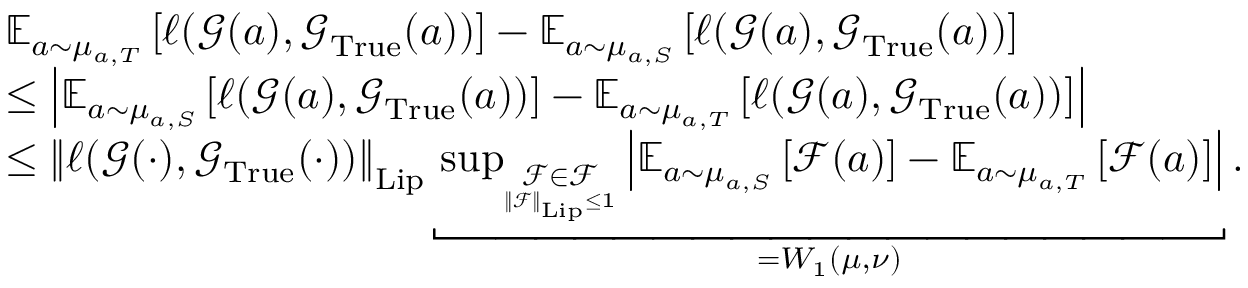
\begin{array} { r l } & { \boldsymbol { \mathbb { E } } _ { a \sim \mu _ { a , T } } \left[ \ell ( \boldsymbol { \mathcal { G } } ( a ) , \boldsymbol { \mathcal { G } } _ { \mathrm { T r u e } } ( a ) ) \right] - \boldsymbol { \mathbb { E } } _ { a \sim \mu _ { a , S } } \left[ \ell ( \boldsymbol { \mathcal { G } } ( a ) , \boldsymbol { \mathcal { G } } _ { \mathrm { T r u e } } ( a ) ) \right] } \\ & { \leq \left| \boldsymbol { \mathbb { E } } _ { a \sim \mu _ { a , S } } \left[ \ell ( \boldsymbol { \mathcal { G } } ( a ) , \boldsymbol { \mathcal { G } } _ { \mathrm { T r u e } } ( a ) ) \right] - \boldsymbol { \mathbb { E } } _ { a \sim \mu _ { a , T } } \left[ \ell ( \boldsymbol { \mathcal { G } } ( a ) , \boldsymbol { \mathcal { G } } _ { \mathrm { T r u e } } ( a ) ) \right] \right| } \\ & { \leq \left\| \ell ( \boldsymbol { \mathcal { G } } ( \cdot ) , \boldsymbol { \mathcal { G } } _ { \mathrm { T r u e } } ( \cdot ) ) \right\| _ { \mathrm { L i p } } \underbracket { \operatorname* { s u p } _ { \underset { \left\| \boldsymbol { \mathcal { F } } \right\| _ { \mathrm { L i p } } \leq 1 } { \boldsymbol { \mathcal { F } } \in \mathscr { F } } } \left| \boldsymbol { \mathbb { E } } _ { a \sim \mu _ { a , S } } \left[ \boldsymbol { \mathcal { F } } ( a ) \right] - \boldsymbol { \mathbb { E } } _ { a \sim \mu _ { a , T } } \left[ \boldsymbol { \mathcal { F } } ( a ) \right] \right| } _ { = W _ { 1 } ( \mu , \nu ) } . } \end{array}